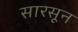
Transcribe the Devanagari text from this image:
सारसून